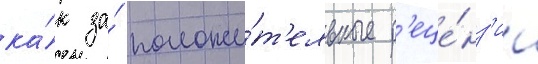
ка́к за́ положи́т'ельные р'еце́нз'ии